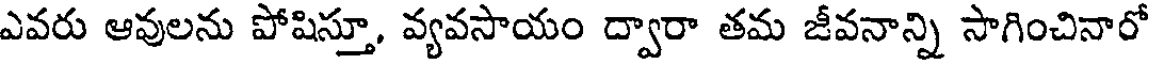
ఎవరు ఆవులను పోషిస్తూ, వ్యవసాయం ద్వారా తమ జీవనాన్ని సాగించినారో